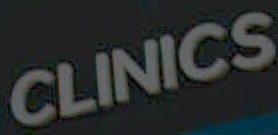
CLINICS